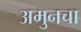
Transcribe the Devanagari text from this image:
अमुनचा